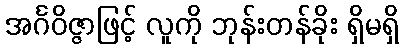
အင်္ဂဝိဇ္ဇာဖြင့် လူကို ဘုန်းတန်ခိုး ရှိမရှိ